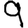
Digit: 9